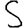
Digit: 5